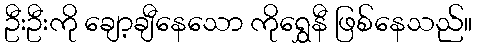
ဦးဦးကို ချော့ချီနေသော ကိုရွှေနီ ဖြစ်နေသည်။